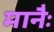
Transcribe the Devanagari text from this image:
मानैः